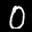
Label: 0